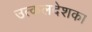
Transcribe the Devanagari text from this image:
उत्कलदेशका